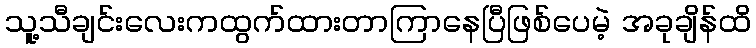
သူ့သီချင်းလေးကထွက်ထားတာကြာနေပြီဖြစ်ပေမဲ့ အခုချိန်ထိ